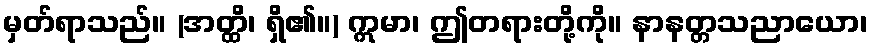
မှတ်ရာသည်။ (အတ္ထိ၊ ရှိ၏။) ဣမာ၊ ဤတရားတို့ကို။ နာနတ္တသညာယော၊